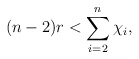
\begin{align*} (n-2)r < \sum\limits_{i=2}^n \chi_i, \end{align*}